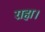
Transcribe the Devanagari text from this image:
राहा।